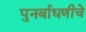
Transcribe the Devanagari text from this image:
पुनर्बाधणीचे